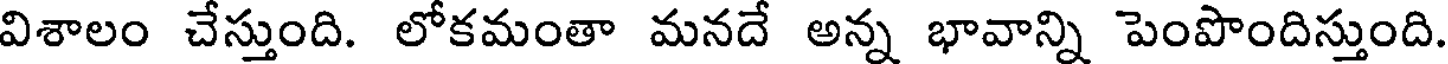
విశాలం చేస్తుంది. లోకమంతా మనదే అన్న భావాన్ని పెంపొందిస్తుంది